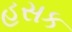
હસક